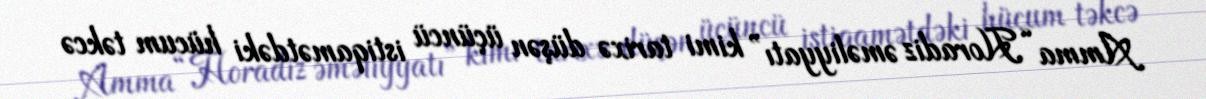
Amma “Horadiz əməliyyatı” kimi tarixə düşən üçüncü istiqamətdəki hücum təkcə